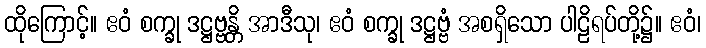
ထိုကြောင့်။ ဧဝံ စက္ခု ဒဋ္ဌဗ္ဗန္တိ အာဒီသု၊ ဧဝံ စက္ခု ဒဋ္ဌဗ္ဗံ အစရှိသော ပါဠိရပ်တို့၌။ ဧဝံ၊